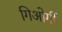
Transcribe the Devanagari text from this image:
गिओर्गी